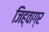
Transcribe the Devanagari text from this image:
जिह्वाग्र